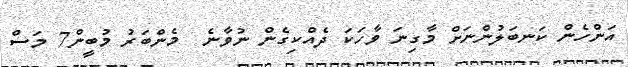
އަންހެން ކަނބަލުންނަށް މާގިނަ ވާހަކަ ދެއްކިގެން ނުވާނެ  މެންބަރު މުބީން7 މަސް